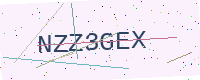
Text: NZZ3GEX